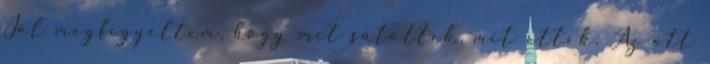
Jól megfigyeltem, hogy mit sütöttek, mit ettek. Az ott